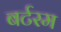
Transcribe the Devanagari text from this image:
बर्टरम